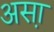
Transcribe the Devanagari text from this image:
अस़ा